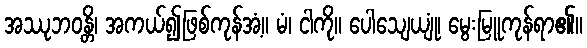
အဿုဘဝန္တိ၊ အကယ်၍ဖြစ်ကုန်အံ့။ မံ၊ ငါကို။ ပေါသျေယျုံ၊ မွေးမြူကုန်ရာ၏။